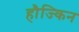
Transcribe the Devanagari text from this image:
हौज्किन